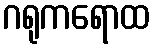
ဂရုကရောထ